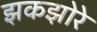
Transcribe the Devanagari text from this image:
झकझोरे